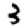
Digit: 3